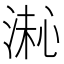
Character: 𪶚